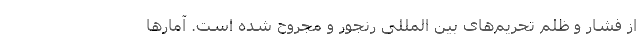
از فشار و ظلم تحریم‌های بین المللی رنجور و مجروح شده است. آمار‌ها